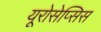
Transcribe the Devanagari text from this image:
यूरोसेप्सिस